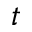
t